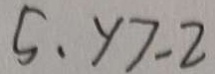
5 \cdot y > - 2